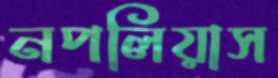
নপলিয়াস